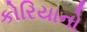
કોરિયાનો